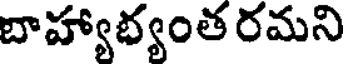
బాహ్యాభ్యంత రమని